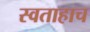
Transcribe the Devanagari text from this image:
स्वताहाच